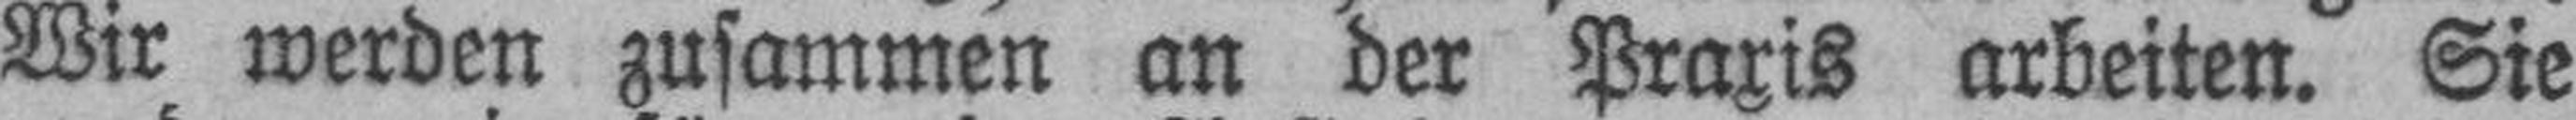
Wir werden zusammen an der Praxis arbeiten. Sie